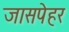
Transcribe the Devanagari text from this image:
जासपेहर